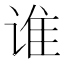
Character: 谁